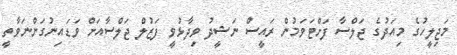
މަޖިލީހުގެ މިއަދުގެ ޖަލްސާ ފަށްޓަވަމުން ރައީސް ނަޝީދު ވިދާޅުވީ ފަޒުލް ޖަލްސާއަށް ވަޑައިނުގަންނަވާތީ